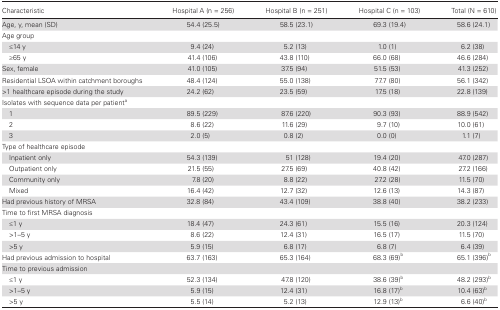
<table><thead><tr><td><b>Characteristic</b></td><td><b>Hospital A (n = 256)</b></td><td><b>Hospital B (n = 251)</b></td><td><b>Hospital C (n = 103)</b></td><td><b>Total (N = 610)</b></td></tr></thead><tbody><tr><td>Age, y, mean (SD)</td><td>54.4 (25.5)</td><td>58.5 (23.1)</td><td>69.3 (19.4)</td><td>58.6 (24.1)</td></tr><tr><td colspan="5">Age group</td></tr><tr><td> ≤14 y</td><td>9.4 (24)</td><td>5.2 (13)</td><td>1.0 (1)</td><td>6.2 (38)</td></tr><tr><td> ≥65 y</td><td>41.4 (106)</td><td>43.8 (110)</td><td>66.0 (68)</td><td>46.6 (284)</td></tr><tr><td>Sex, female</td><td>41.0 (105)</td><td>37.5 (94)</td><td>51.5 (53)</td><td>41.3 (252)</td></tr><tr><td>Residential LSOA within catchment boroughs</td><td>48.4 (124)</td><td>55.0 (138)</td><td>77.7 (80)</td><td>56.1 (342)</td></tr><tr><td>&gt;1 healthcare episode during the study</td><td>24.2 (62)</td><td>23.5 (59)</td><td>17.5 (18)</td><td>22.8 (139)</td></tr><tr><td colspan="5">Isolates with sequence data per patient<sup>a</sup></td></tr><tr><td> 1</td><td>89.5 (229)</td><td>87.6 (220)</td><td>90.3 (93)</td><td>88.9 (542)</td></tr><tr><td> 2</td><td>8.6 (22)</td><td>11.6 (29)</td><td>9.7 (10)</td><td>10.0 (61)</td></tr><tr><td> 3</td><td>2.0 (5)</td><td>0.8 (2)</td><td>0.0 (0)</td><td>1.1 (7)</td></tr><tr><td colspan="5">Type of healthcare episode</td></tr><tr><td> Inpatient only</td><td>54.3 (139)</td><td>51 (128)</td><td>19.4 (20)</td><td>47.0 (287)</td></tr><tr><td> Outpatient only</td><td>21.5 (55)</td><td>27.5 (69)</td><td>40.8 (42)</td><td>27.2 (166)</td></tr><tr><td> Community only</td><td>7.8 (20)</td><td>8.8 (22)</td><td>27.2 (28)</td><td>11.5 (70)</td></tr><tr><td> Mixed</td><td>16.4 (42)</td><td>12.7 (32)</td><td>12.6 (13)</td><td>14.3 (87)</td></tr><tr><td>Had previous history of MRSA</td><td>32.8 (84)</td><td>43.4 (109)</td><td>38.8 (40)</td><td>38.2 (233)</td></tr><tr><td colspan="5">Time to first MRSA diagnosis</td></tr><tr><td> ≤1 y</td><td>18.4 (47)</td><td>24.3 (61)</td><td>15.5 (16)</td><td>20.3 (124)</td></tr><tr><td> &gt;1–5 y</td><td>8.6 (22)</td><td>12.4 (31)</td><td>16.5 (17)</td><td>11.5 (70)</td></tr><tr><td> &gt;5 y</td><td>5.9 (15)</td><td>6.8 (17)</td><td>6.8 (7)</td><td>6.4 (39)</td></tr><tr><td>Had previous admission to hospital</td><td>63.7 (163)</td><td>65.3 (164)</td><td>68.3 (69)<sup>b</sup></td><td>65.1 (396)<sup>b</sup></td></tr><tr><td colspan="5">Time to previous admission</td></tr><tr><td> ≤1 y</td><td>52.3 (134)</td><td>47.8 (120)</td><td>38.6 (39)<sup>b</sup></td><td>48.2 (293)<sup>b</sup></td></tr><tr><td> &gt;1–5 y</td><td>5.9 (15)</td><td>12.4 (31)</td><td>16.8 (17)<sup>b</sup></td><td>10.4 (63)<sup>b</sup></td></tr><tr><td> &gt;5 y</td><td>5.5 (14)</td><td>5.2 (13)</td><td>12.9 (13)<sup>b</sup></td><td>6.6 (40)<sup>b</sup></td></tr></tbody></table>